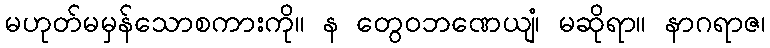
မဟုတ်မမှန်သောစကားကို။ န တွေဝဘဏေယျံ၊ မဆိုရာ။ နာဂရာဇ၊